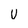
Character: u